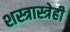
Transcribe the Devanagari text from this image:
शस्त्रास्त्रेही